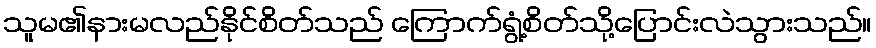
သူမ၏နားမလည်နိုင်စိတ်သည် ကြောက်ရွံ့စိတ်သို့ပြောင်းလဲသွားသည်။